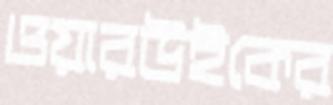
ওয়ারউইকের